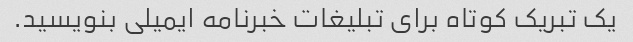
یک تبریک کوتاه برای تبلیغات خبرنامه ایمیلی بنویسید.